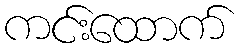
ကင်းထောက်